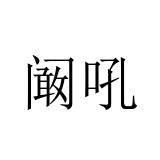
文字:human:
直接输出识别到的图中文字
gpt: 阚吼